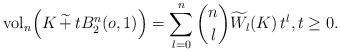
LaTeX: \begin{align*}\mbox{vol}_n\Big( K\, \widetilde{+}\, t B_2^n(o,1) \Big) = \sum_{l=0}^n \genfrac(){0pt}{0}{n}{l} \widetilde{W}_l(K) \, t^l , t\geq 0. \end{align*}